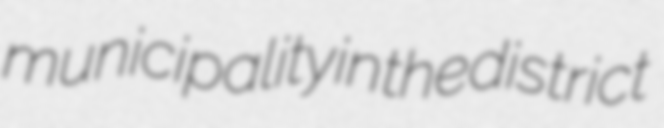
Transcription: municipality in the district